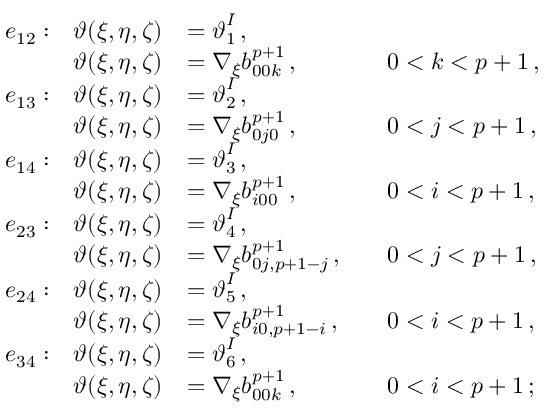
\begin{array} { r l r l r l } & { e _ { 1 2 } : } & { \boldsymbol { \vartheta } ( \xi , \eta , \zeta ) } & { = \boldsymbol { \vartheta } _ { 1 } ^ { I } \, , } \\ & { } & { \boldsymbol { \vartheta } ( \xi , \eta , \zeta ) } & { = \nabla _ { \xi } b _ { 0 0 k } ^ { p + 1 } \, , } & & { 0 < k < p + 1 \, , } \\ & { e _ { 1 3 } : } & { \boldsymbol { \vartheta } ( \xi , \eta , \zeta ) } & { = \boldsymbol { \vartheta } _ { 2 } ^ { I } \, , } \\ & { } & { \boldsymbol { \vartheta } ( \xi , \eta , \zeta ) } & { = \nabla _ { \xi } b _ { 0 j 0 } ^ { p + 1 } \, , } & & { 0 < j < p + 1 \, , } \\ & { e _ { 1 4 } : } & { \boldsymbol { \vartheta } ( \xi , \eta , \zeta ) } & { = \boldsymbol { \vartheta } _ { 3 } ^ { I } \, , } \\ & { } & { \boldsymbol { \vartheta } ( \xi , \eta , \zeta ) } & { = \nabla _ { \xi } b _ { i 0 0 } ^ { p + 1 } \, , } & & { 0 < i < p + 1 \, , } \\ & { e _ { 2 3 } : } & { \boldsymbol { \vartheta } ( \xi , \eta , \zeta ) } & { = \boldsymbol { \vartheta } _ { 4 } ^ { I } \, , } \\ & { } & { \boldsymbol { \vartheta } ( \xi , \eta , \zeta ) } & { = \nabla _ { \xi } b _ { 0 j , p + 1 - j } ^ { p + 1 } \, , } & & { 0 < j < p + 1 \, , } \\ & { e _ { 2 4 } : } & { \boldsymbol { \vartheta } ( \xi , \eta , \zeta ) } & { = \boldsymbol { \vartheta } _ { 5 } ^ { I } \, , } \\ & { } & { \boldsymbol { \vartheta } ( \xi , \eta , \zeta ) } & { = \nabla _ { \xi } b _ { i 0 , p + 1 - i } ^ { p + 1 } \, , } & & { 0 < i < p + 1 \, , } \\ & { e _ { 3 4 } : } & { \boldsymbol { \vartheta } ( \xi , \eta , \zeta ) } & { = \boldsymbol { \vartheta } _ { 6 } ^ { I } \, , } \\ & { } & { \boldsymbol { \vartheta } ( \xi , \eta , \zeta ) } & { = \nabla _ { \xi } b _ { 0 0 k } ^ { p + 1 } \, , } & & { 0 < i < p + 1 \, ; } \end{array}